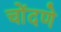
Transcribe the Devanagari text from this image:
चोंदणे